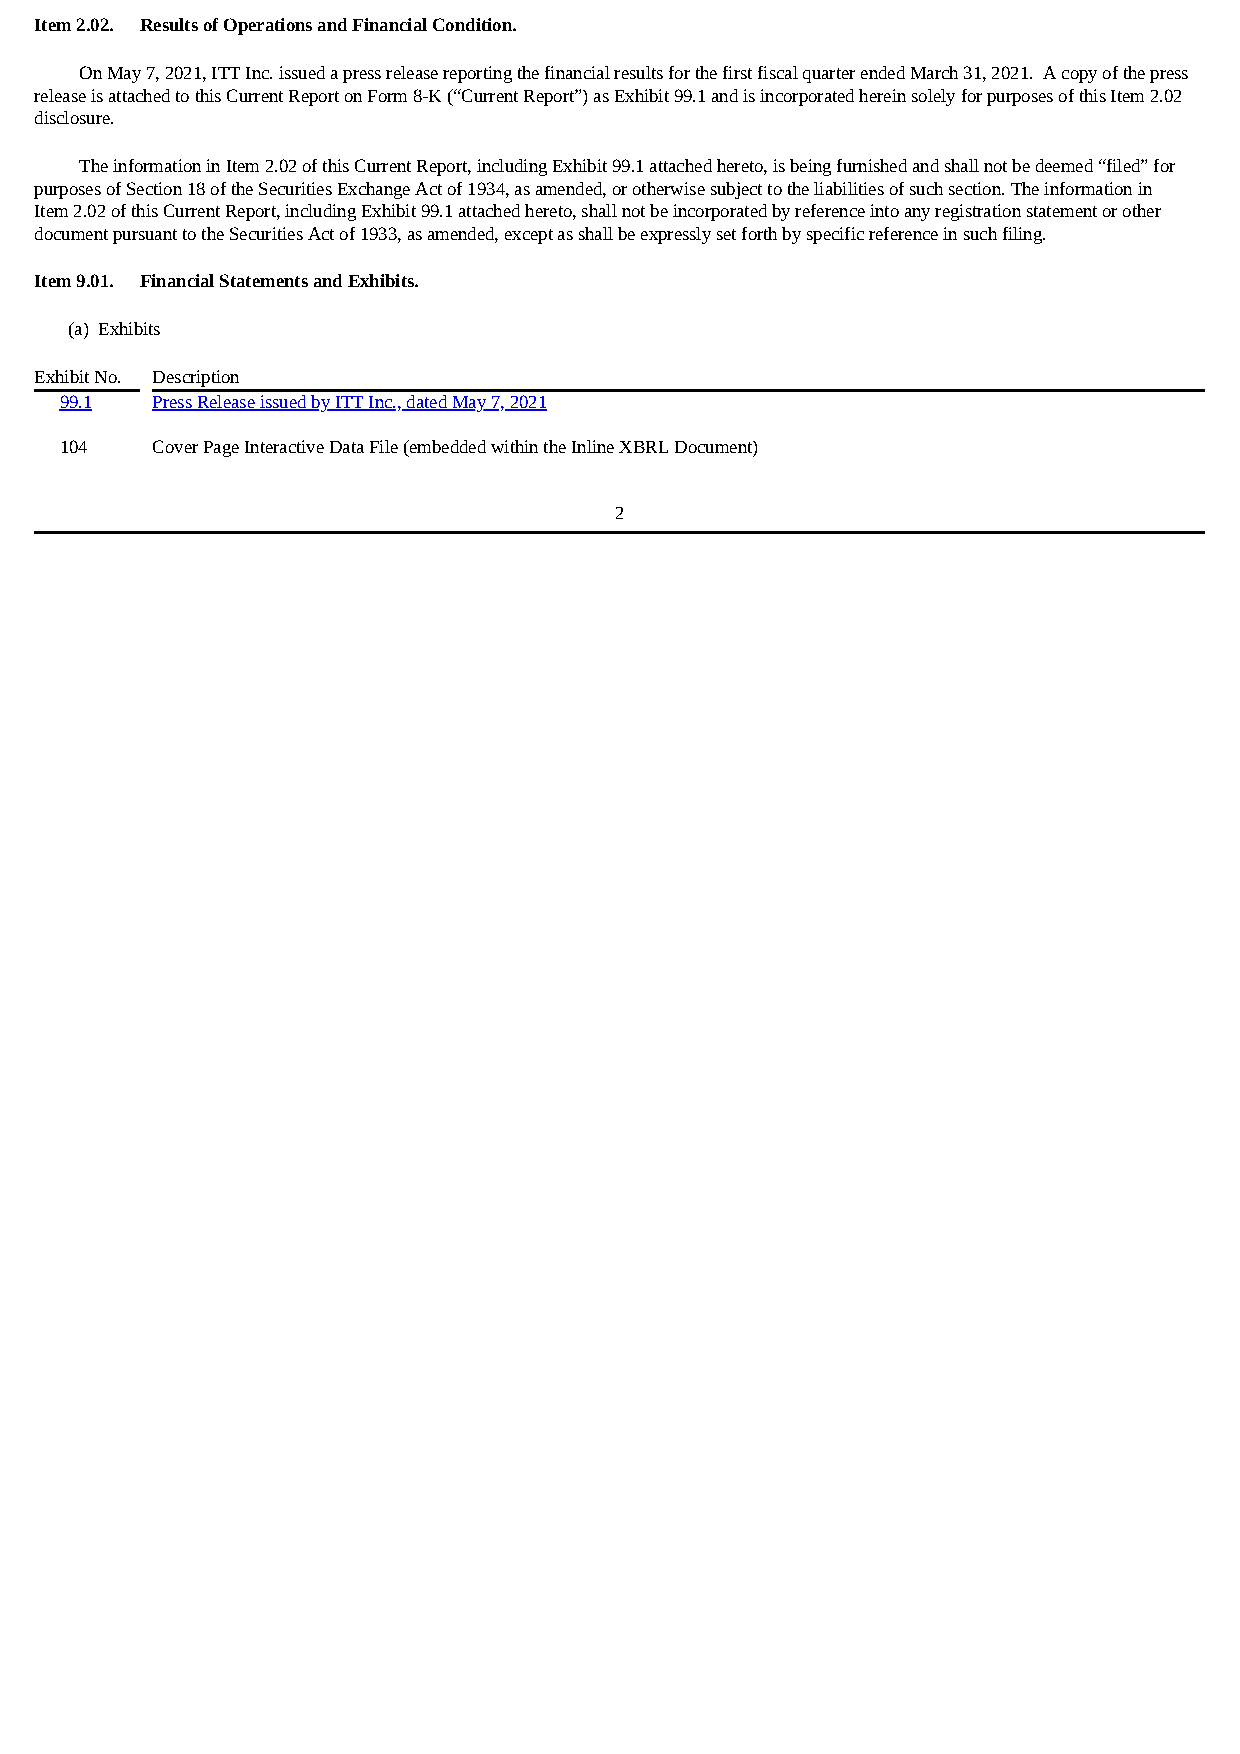
Item 2.02. Results of Operations and Financial Condition.
 On May 7, 2021, ITT Inc. issued a press release reporting the financial results for the first fiscal quarter ended March 31, 2021. A copy of the press
 release is attached to this Current Report on Form 8-K (“Current Report”) as Exhibit 99.1 and is incorporated herein solely for purposes of this Item 2.02
 disclosure.
 The information in Item 2.02 of this Current Report, including Exhibit 99.1 attached hereto, is being furnished and shall not be deemed “filed” for
 purposes of Section 18 of the Securities Exchange Act of 1934, as amended, or otherwise subject to the liabilities of such section. The information in
 Item 2.02 of this Current Report, including Exhibit 99.1 attached hereto, shall not be incorporated by reference into any registration statement or other
 document pursuant to the Securities Act of 1933, as amended, except as shall be expressly set forth by specific reference in such filing.
 Item 9.01. Financial Statements and Exhibits.
 (a) Exhibits
 Exhibit No. Description
 99.1  Press Release issued by ITT Inc., dated May 7, 2021
 104   Cover Page Interactive Data File (embedded within the Inline XBRL Document)
 2